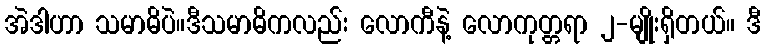
အဲဒါဟာ သမာဓိပဲ။ဒီသမာဓိကလည်း လောကီနဲ့ လောကုတ္တရာ ၂-မျိုးရှိတယ်။ ဒီ